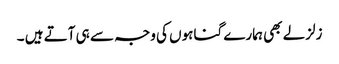
زلزلے بھی ہمارے گناہوں کی وجہ سے ہی آتے ہیں ۔